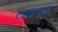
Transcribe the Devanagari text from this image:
लावणक